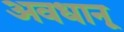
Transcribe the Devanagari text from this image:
अवधानू